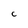
Character: c